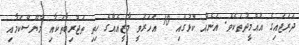
ދަރަޖައިގެ އުއްމީދުތަކެވެ. އަނެއް ކޮޅުގައި 10 އަހަރުވީ މާޒީއެއްގެ ހިތި ތަޖުރިބާތަކާއި މާޔޫސްކަމާއި